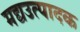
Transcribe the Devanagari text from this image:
मद्यउत्पादक